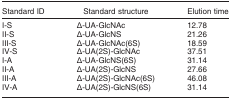
<table><thead><tr><td><b>Standard ID</b></td><td><b>Standard structure</b></td><td><b>Elution time</b></td></tr></thead><tbody><tr><td>I-S</td><td>Δ-UA-GlcNAc</td><td>12.78</td></tr><tr><td>II-S</td><td>Δ-UA-GlcNS</td><td>21.26</td></tr><tr><td>III-S</td><td>Δ-UA-GlcNAc(6S)</td><td>18.59</td></tr><tr><td>IV-S</td><td>Δ-UA(2S)-GlcNAc</td><td>37.51</td></tr><tr><td>I-A</td><td>Δ-UA-GlcNS(6S)</td><td>31.14</td></tr><tr><td>II-A</td><td>Δ-UA(2S)-GlcNS</td><td>27.66</td></tr><tr><td>III-A</td><td>Δ-UA(2S)-GlcNAc(6S)</td><td>46.08</td></tr><tr><td>IV-A</td><td>Δ-UA(2S)-GlcNS(6S)</td><td>31.14</td></tr></tbody></table>